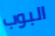
البوب